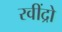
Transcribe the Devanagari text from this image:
रवींद्रो